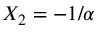
X _ { 2 } = - 1 / \alpha